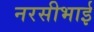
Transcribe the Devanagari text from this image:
नरसीभाई